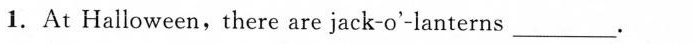
1.At Halloween, there are jack-o'-lanterns ___.